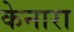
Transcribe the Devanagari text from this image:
केनारा